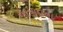
આપાદાના